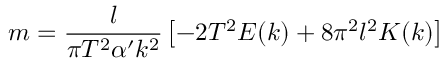
m = \frac { l } { \pi T ^ { 2 } \alpha ^ { \prime } k ^ { 2 } } \left[ - 2 T ^ { 2 } E ( k ) + 8 \pi ^ { 2 } l ^ { 2 } K ( k ) \right]